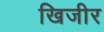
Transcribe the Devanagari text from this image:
खिजीर